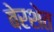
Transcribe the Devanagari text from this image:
बेरशेत